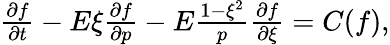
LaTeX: \begin{array}{r}{\frac{\partial f}{\partial t}-E\xi\frac{\partial f}{\partial p}-E\frac{1-\xi^{2}}{p}\frac{\partial f}{\partial\xi}=C(f),}\end{array}